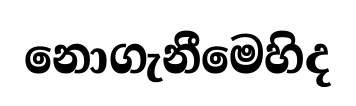
නොගැනීමෙහිද